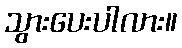
သွားပေးပါလား။